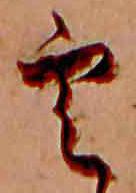
雲